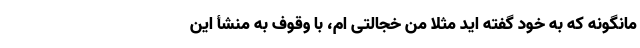
مانگونه که به خود گفته اید مثلاً من خجالتی ام، با وقوف به منشأ این